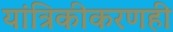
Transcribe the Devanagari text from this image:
यांत्रिकीकरणही